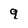
Character: 9